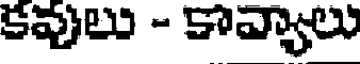
కవులు - కావ్యాలు